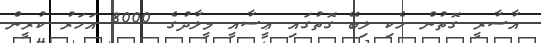
އާސާރީ ގޮތުން ހެކި ލިބޭ ގޮތުގައި ޢީސާއީ މީލާދުގެ 8000 އަހަރު ކުރީން